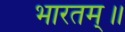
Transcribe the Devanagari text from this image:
भारतम्॥